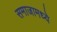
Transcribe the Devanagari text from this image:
समाजामध्‍ये